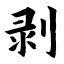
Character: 剥